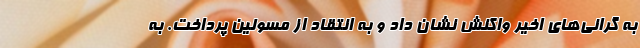
به گرانی‌های اخیر واکنش نشان داد و به انتقاد از مسولین پرداخت. به